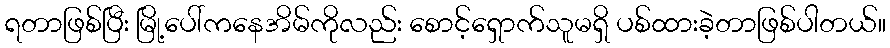
ရတာဖြစ်ပြီး မြို့ပေါ်ကနေအိမ်ကိုလည်း စောင့်ရှောက်သူမရှိ ပစ်ထားခဲ့တာဖြစ်ပါတယ်။